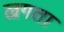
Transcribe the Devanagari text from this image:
ल्रगता